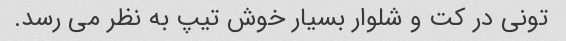
تونی در کت و شلوار بسیار خوش تیپ به نظر می رسد.